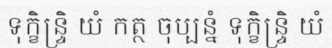
ទុក្ខិន្ទ្រិ យំ កត្ថ ចុប្បន្នំ ទុក្ខិន្ទ្រិ យំ